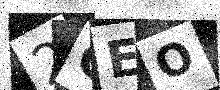
Text: 2GEO